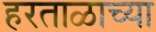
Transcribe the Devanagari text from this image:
हरताळाच्या